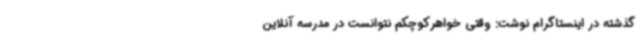
گذشته در اینستاگرام نوشت: وقتی خواهرکوچکم نتوانست در مدرسه آنلاین